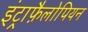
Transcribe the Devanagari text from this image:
इंट्राफ़ैलोपियन